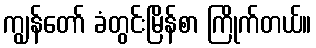
ကျွန်တော် ခံတွင်းမြိန်စာ ကြိုက်တယ်။